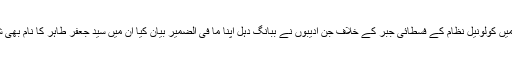
دنیا بھر میں کولونیل نظام کے فسطائی جبر کے خلاف جن ادیبوں نے ببانگ دہل اپنا ما فی الضمیر بیان کیا ان میں سید جعفر طاہر کا نام بھی شامل ہے۔